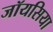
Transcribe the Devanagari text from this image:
जॉयसिया